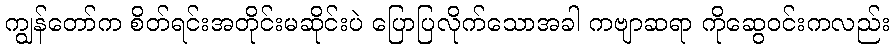
ကျွန်တော်က စိတ်ရင်းအတိုင်းမဆိုင်းပဲ ပြောပြလိုက်သောအခါ ကဗျာဆရာ ကိုဆွေဝင်းကလည်း